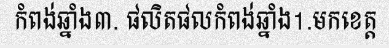
កំពង់ឆ្នាំង៣. ផលិតផលកំពង់ឆ្នាំង1.មកខេត្ត